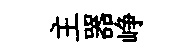
主器峥